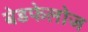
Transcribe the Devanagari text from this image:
बेडफेलोज